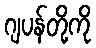
ဂျပန်တို့ကို